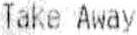
TAKE AWAY